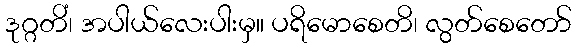
ဒုဂ္ဂတိံ၊ အပါယ်လေးပါးမှ။ ပရိမောစေတိ၊ လွတ်စေတော်